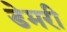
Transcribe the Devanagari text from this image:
डेमरी